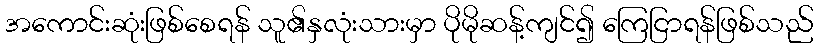
အကောင်းဆုံးဖြစ်စေရန် သူ၏နှလုံးသားမှာ ပိုမိုဆန့်ကျင်၍ ကြေငြာရန်ဖြစ်သည်